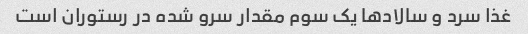
غذا سرد و سالادها یک سوم مقدار سرو شده در رستوران است